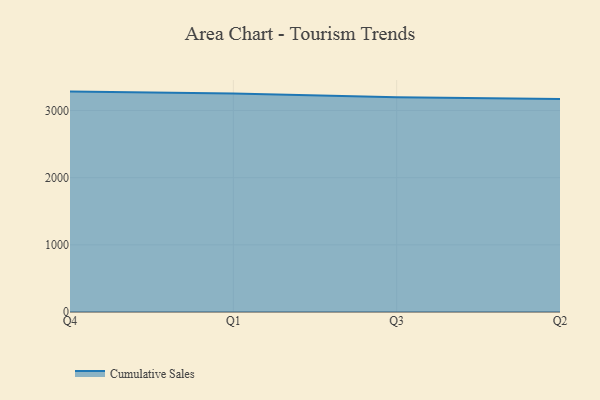
{"axis": {"x": "Quarter", "y": "Satisfaction Score"}, "legend": ["Cumulative Sales"], "data": [{"x": "Q4", "y": 3281.3, "type": "Cumulative Sales"}, {"x": "Q1", "y": 3254.2, "type": "Cumulative Sales"}, {"x": "Q3", "y": 3198.0, "type": "Cumulative Sales"}, {"x": "Q2", "y": 3172.5, "type": "Cumulative Sales"}]}